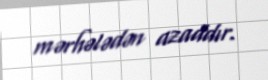
mərhələdən azaddır.